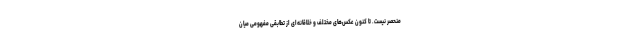
منحصر نیست. تا کنون عکس‌های مختلف و خلاقانه‌ای از تطابقی مفهومی میان